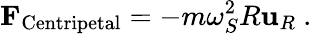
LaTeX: \mathbf{F}_{\mathrm{Centripetal}}=-m\omega_{S}^{2}R\mathbf{u}_{R}\ .